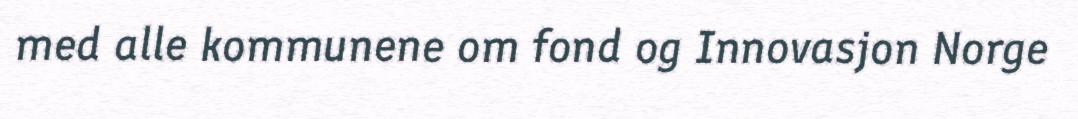
med alle kommunene om fond og Innovasjon Norge